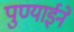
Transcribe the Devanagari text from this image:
पुण्याईने